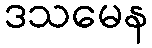
ဒသမေန